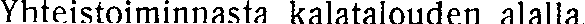
Yhteistoiminnasta kalatalouden alalla